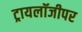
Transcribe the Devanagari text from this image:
ट्रायलॉजीपर